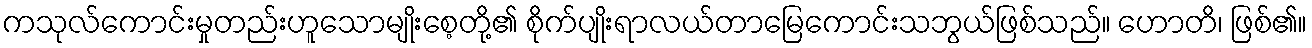
ကသုလ်ကောင်းမှုတည်းဟူသောမျိုးစေ့တို့၏ စိုက်ပျိုးရာလယ်တာမြေကောင်းသဘွယ်ဖြစ်သည်။ ဟောတိ၊ ဖြစ်၏။